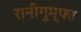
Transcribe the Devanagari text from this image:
रानीगुम्फा